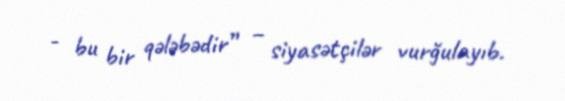
- bu bir qələbədir” – siyasətçilər vurğulayıb.